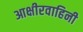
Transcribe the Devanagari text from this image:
आक्षीरवाहिनी